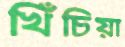
খিঁচিয়া